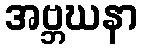
အဗ္ဘဃနာ